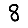
Digit: 8